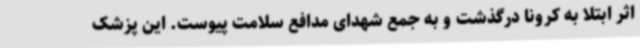
اثر ابتلا به کرونا درگذشت و به جمع شهدای مدافع سلامت پیوست. این پزشک